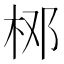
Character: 𱣋